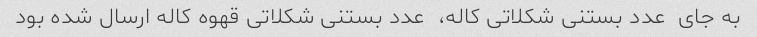
به جای  عدد بستنی شکلاتی کاله،  عدد بستنی شکلاتی قهوه کاله ارسال شده بو‌د